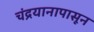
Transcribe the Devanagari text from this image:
चंद्रयानापासून